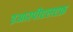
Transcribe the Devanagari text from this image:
इआरपीएलएफ़